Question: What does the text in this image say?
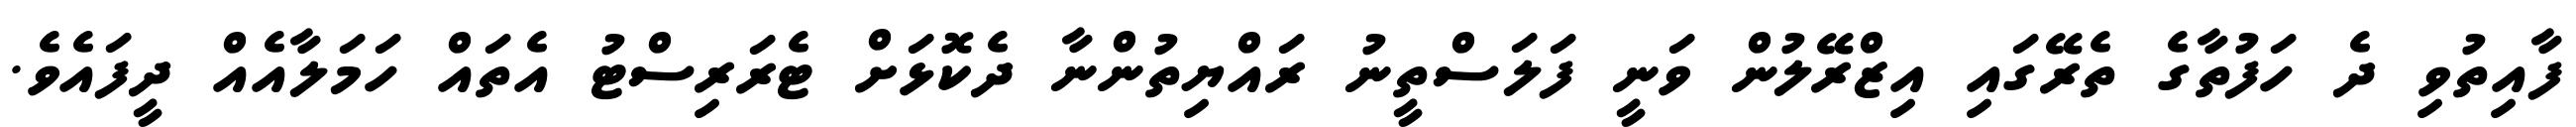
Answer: ފާއިތުވި ދެ ހަފުތާގެ ތެރޭގައި އިޒްރޭލުން ވަނީ ފަލަސްތީނު ރައްޔިތުންނާ ދެކޮޅަށް ޓެރަރިސްޓު އެތައް ހަމަލާއެއް ދީފައެވެ.